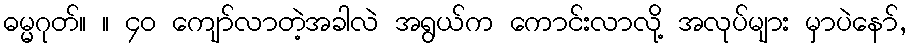
ဓမ္မဂုတ်။ ။ ၄၀ ကျော်လာတဲ့အခါလဲ အရွယ်က ကောင်းလာလို့ အလုပ်များ မှာပဲနော်,